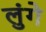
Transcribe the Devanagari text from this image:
लुंगे